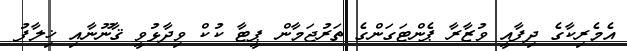
އެމެރިކާގެ ދިފާއީ ވުޒާރާ ޕެންޓަގަންގެ ތަރުޖަމާން ޕީޓާ ކުކް ވިދާޅުވީ ޤާނޫނާއި ޚިލާފު